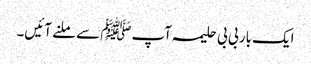
ایک بار بی بی حلیمہ آپﷺ سے ملنے آئیں۔